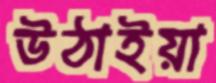
উঠাইয়া